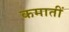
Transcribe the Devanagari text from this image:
कमातीं